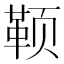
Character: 𬱭